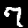
Label: 7